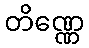
တိဏ္ဏေ